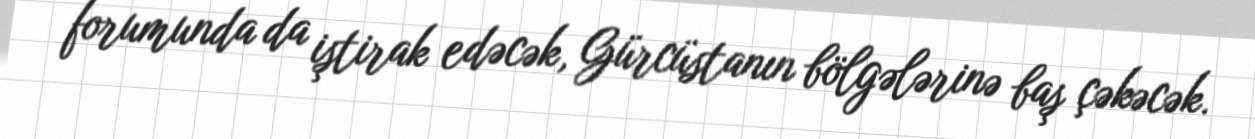
forumunda da iştirak edəcək, Gürcüstanın bölgələrinə baş çəkəcək.